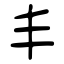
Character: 丰